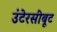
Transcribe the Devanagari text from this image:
उंटेरसीबूट